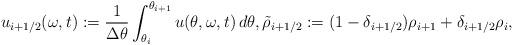
LaTeX: \begin{align*}u_{i+1/2}(\omega,t) := \frac{1}{\Delta \theta}\int_{\theta_i}^{\theta_{i+1}} u(\theta,\omega,t)\,d\theta, \tilde\rho_{i+1/2} := (1 - \delta_{i+1/2})\rho_{i+1} + \delta_{i+1/2}\rho_i,\end{align*}